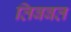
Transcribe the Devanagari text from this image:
तिबबत